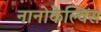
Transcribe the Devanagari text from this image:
नानोकेल्विंस